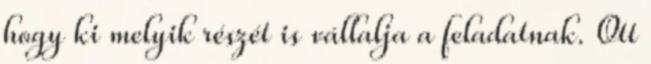
hogy ki melyik részét is vállalja a feladatnak. Ott